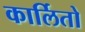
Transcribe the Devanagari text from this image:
कार्लितो